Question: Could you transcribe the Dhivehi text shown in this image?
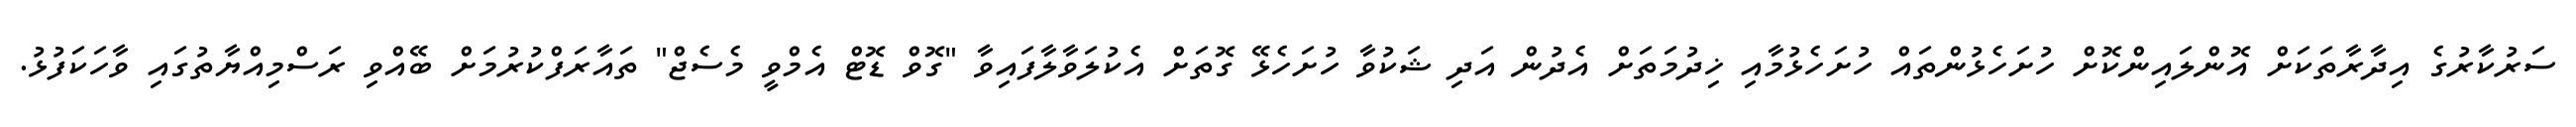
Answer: ސަރުކާރުގެ އިދާރާތަކަށް އޮންލައިންކޮށް ހުށަހެޅުންތައް ހުށަހެޅުމާއި ޚިދުމަތަށް އެދުން އަދި ޝަކުވާ ހުށަހެޅޭ ގޮތަށް އެކުލަވާލާފައިވާ "ގޮވް ޑޮޓް އެމްވީ މެސެޖް" ތައާރަފްކުރުމަށް ބޭއްވި ރަސްމިއްޔާތުގައި ވާހަކަފުޅު.